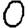
Digit: 0